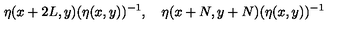
\eta ( x + 2 L , y ) ( \eta ( x , y ) ) ^ { - 1 } , \quad \eta ( x + N , y + N ) ( \eta ( x , y ) ) ^ { - 1 }